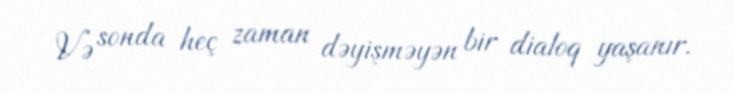
Və sonda heç zaman dəyişməyən bir dialoq yaşanır.